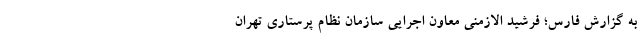
به گزارش فارس؛ فرشید الازمنی معاون اجرایی سازمان نظام پرستاری تهران